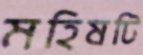
মহিষটি